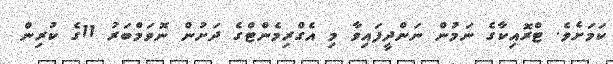
ކަމަށެވެ. ޓްރޮއިކާގެ ނަމުން ނަންދީފައިވާ މި އެގްރިމެންޓްގެ ދަށުން ނޮވަމްބަރު 11ގެ ކުރިން